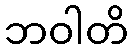
ဘဝါတိ